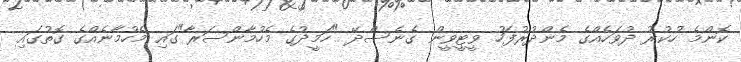
ކޮންމެ ހުކުރު ދުވަހެއްގެ މެންދުރުފަހު ވީޓީވީން ގެނެސްދޭ "ހަމީދުގެ މެހުމާންސަރާ"ގައި މެހުމާނެއްގެ ގޮތުގައި